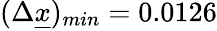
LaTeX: (\Delta\underline{{x}})_{min}=0.0126